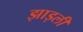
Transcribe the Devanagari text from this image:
झाड़ली